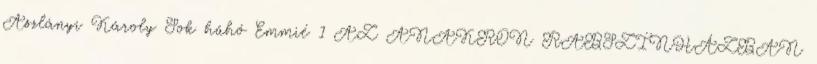
Aszlányi Károly Sok hűhó Emmié 1 AZ ANAKRON RABSZÍNHÁZBAN